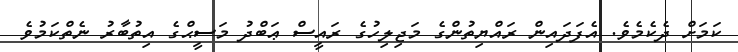
ކަމަށް ދެކެމެވެ. އެފަދައިން ރައްޔިތުންގެ މަޖިލިހުގެ ރައީސް ޢަބްދު މަސީޙްގެ އިތުބާރު ނެތްކަމުވެ